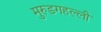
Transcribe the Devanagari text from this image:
मुरुडगहल्ली